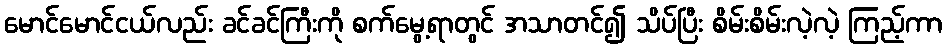
မောင်မောင်ငယ်လည်း ခင်ခင်ကြီးကို စက်မွေ့ရာတွင် အသာတင်၍ သိပ်ပြီး စိမ်းစိမ်းလဲ့လဲ့ ကြည့်ကာ